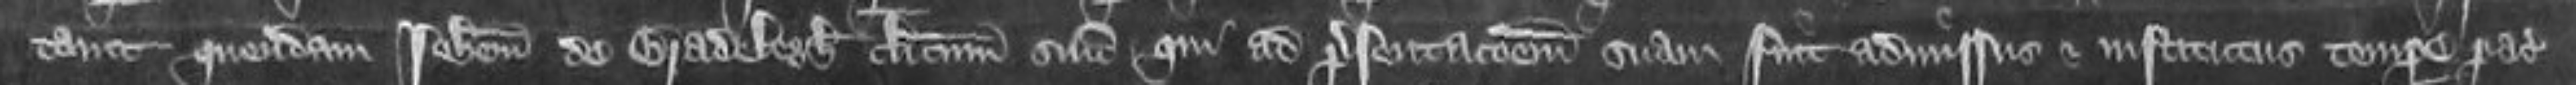
tavit quendam Johannem de Bradelegh clericum suum qui ad presentationem suam fuit admissus et institutus tempore pacis